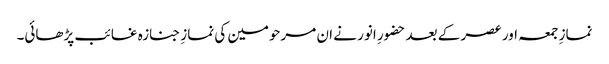
نمازِ جمعہ اور عصر کے بعد حضورِ انور نے ان مرحومین کی نمازِ جنازہ غائب پڑھائی۔